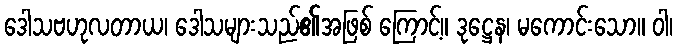
ဒေါသဗဟုလတာယ၊ ဒေါသများသည်၏အဖြစ် ကြောင့်။ ဒုဋ္ဌေန၊ မကောင်းသော။ ဝါ၊